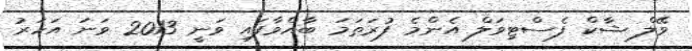
ވޭލް ޝާކް ފެސްޓިވަލް އެންމެ ފުރަތަމަ ބާއްވާފައި ވަނީ 2013 ވަނަ އަހަރު